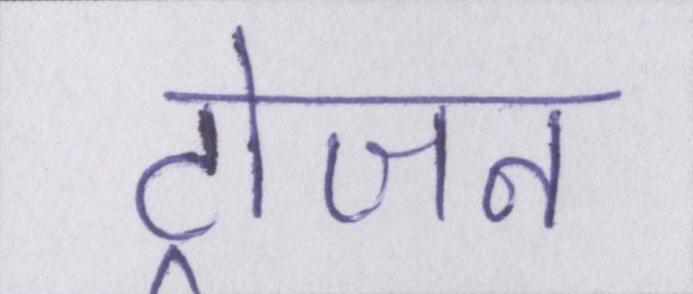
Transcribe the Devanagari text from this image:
ट्रोजन